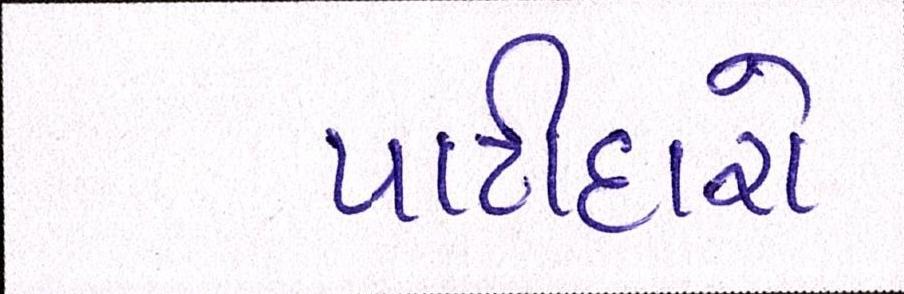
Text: પાટીદારો